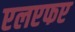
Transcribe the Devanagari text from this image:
एलएफए